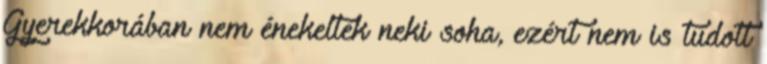
Gyerekkorában nem énekeltek neki soha, ezért nem is tudott